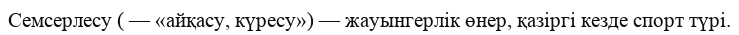
Семсерлесу ( — «айқасу, күресу») — жауынгерлік өнер, қазіргі кезде спорт түрі.